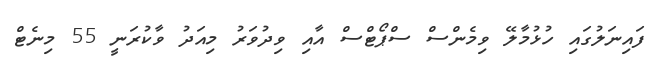
ފައިނަލުގައި ހުޅުމާލޭ ވިމެންސް ސްޕޯޓްސް އާއި ވިދުވަރު މިއަދު ވާކުރަނީ 55 މިނެޓް